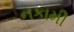
નકામી